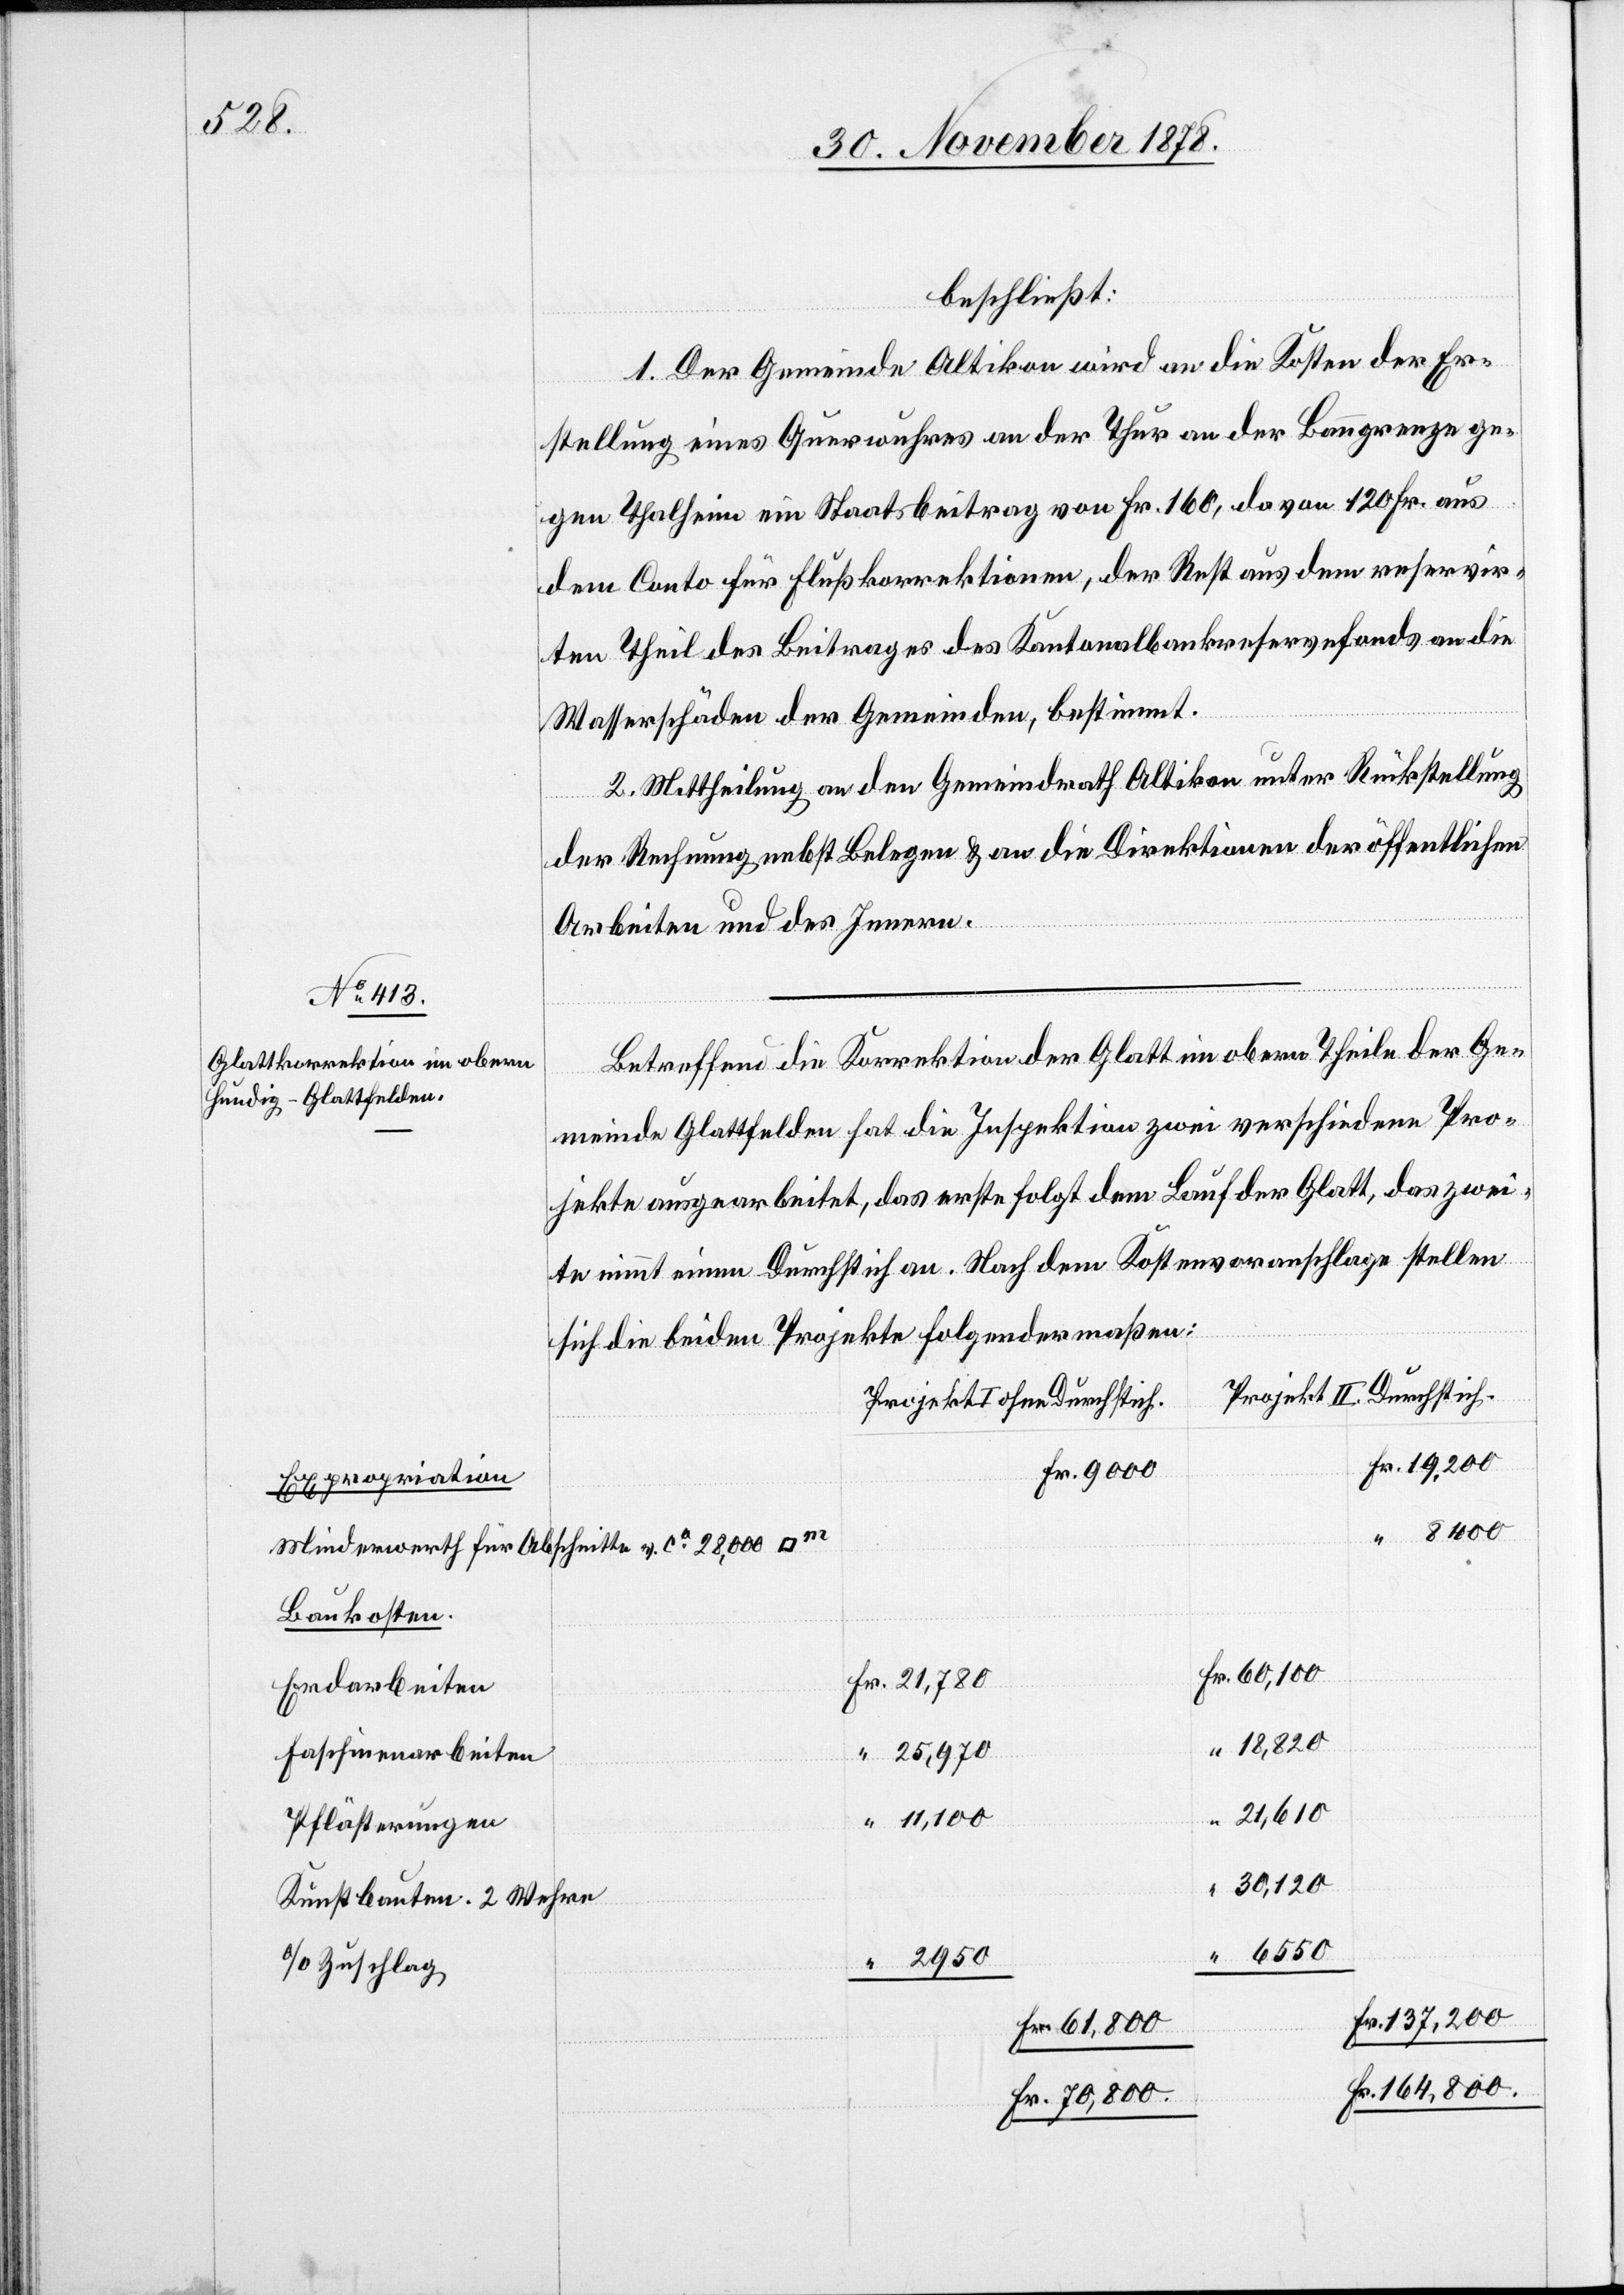
beschließt:
1. Der Gemeinde Altikon wird an die Kosten der Er¬
stellung eines Querwuhres an der Thur an der Banngrenze ge¬
gen Thalheim ein Staatsbeitrag von Fr. 160, davon 120 fr. aus
dem Conto für Flußkorrektionen, der Rest aus dem reservir¬
ten Theil des Beitrages des Kantonalbankreservefonds an die
Wasserschäden der Gemeinden, bestimmt.
2. Mittheilung an den Gemeindrath Altikon unter Rückstellung
der Rechnung nebst Belegen & an die Direktion der öffentlichen
v.
Arbeiten und des Innern.
Betreffend die Korrektion der Glatt im obern Theile der Ge¬
meinde Glattfelden hat die Inspektion zwei verschiedene Pro¬
jekte ausgearbeitet, das erste folgt dem Lauf der Glatt, das zwei¬
te nimmt einen Durchstich an. Nach dem Kostenvoranschlage stellen
sich die beiden Projekte folgendermaßen:
Projekt II. Durchstich
Projekt I ohne Durchstich
Expropriation
Baukosten
Erdarbeiten
18,820
25,970
Faschinenarbeiten
21,610
11,100
Pflästerungen
30,120
Kunstbauten. 2 Wehre
a/o Zuschlag
137,200